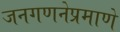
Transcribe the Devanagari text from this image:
जनगणनेप्रमाणे